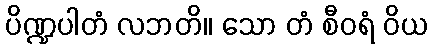
ပိဏ္ဍပါတံ လဘတိ။ သော တံ စီဝရံ ဝိယ